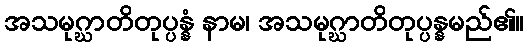
အသမုဂ္ဃာတိတုပ္ပန္နံ နာမ၊ အသမုဂ္ဃာတိတုပ္ပန္နမည်၏။